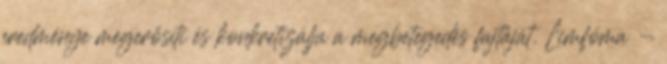
eredménye megerősíti és konkretizálja a megbetegedés fajtáját. Limfóma -